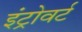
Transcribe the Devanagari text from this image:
इंट्रोवर्ट